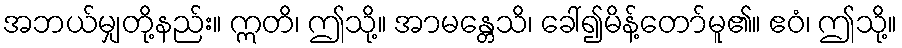
အဘယ်မျှတို့နည်း။ ဣတိ၊ ဤသို့။ အာမန္တေသိ၊ ခေါ်၍မိန့်တော်မူ၏။ ဧဝံ၊ ဤသို့။